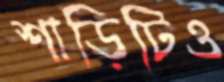
শাড়িটিও